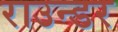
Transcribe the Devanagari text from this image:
राउन्डर